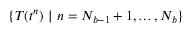
\{ T ( t ^ { n } ) \ | \ n = N _ { b - 1 } + 1 , \ldots , N _ { b } \}